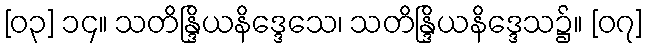
[၀၃] ၁၄။ သတိန္ဒြိယနိဒ္ဒေသေ၊ သတိန္ဒြိယနိဒ္ဒေသ၌။ [၀၇]